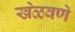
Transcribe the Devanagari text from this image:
खेळवणे